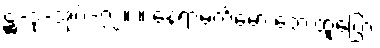
ဋ္ဌ-ဒု-အုပ်-၇၂။ ။ နေရာမက်မော ဘေးထူပြော